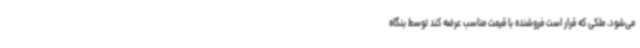
می‌شود، ملکی که قرار است فروشنده با قیمت مناسب عرضه کند توسط بنگاه